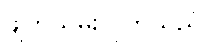
ဖျက်သိမ်းလိုက်သည်